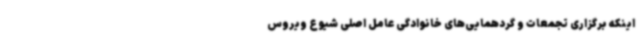
اینکه برگزاری تجمعات و گردهمایی‌های خانوادگی عامل اصلی شیوع ویروس